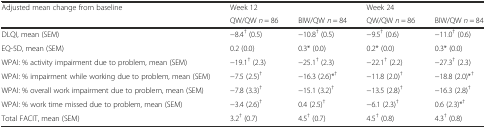
| <ROWSPAN=2> Adjusted mean change from baseline | <COLSPAN=2> Week 12 | <COLSPAN=2> Week 24 |
 | QW/QW n = 86 | BIW/QW n = 84 | QW/QW n = 86 | BIW/QW n = 84 |
 | --- | --- | --- | --- | --- |
 | DLQI, mean (SEM) | −8.4† (0.5) | −10.8† (0.5) | −9.5† (0.6) | −11.0† (0.6) |
 | EQ-5D, mean (SEM) | 0.2 (0.0) | 0.3* (0.0) | 0.2* (0.0) | 0.3* (0.0) |
 | WPAI: % activity impairment due to problem, mean (SEM) | −19.1† (2.3) | −25.1† (2.3) | −22.1† (2.2) | −27.3† (2.3) |
 | WPAI: % impairment while working due to problem, mean (SEM) | −7.5 (2.5)† | −16.3 (2.6)*† | −11.8 (2.0)† | −18.8 (2.0)*† |
 | WPAI: % overall work impairment due to problem, mean (SEM) | −7.8 (3.3)† | −15.1 (3.2)† | −13.5 (2.8)† | −16.3 (2.8)† |
 | WPAI: % work time missed due to problem, mean (SEM) | −3.4 (2.6)† | 0.4 (2.5)† | −6.1 (2.3)† | 0.6 (2.3)*† |
 | Total FACIT, mean (SEM) | 3.2† (0.7) | 4.5† (0.7) | 4.5† (0.8) | 4.3† (0.8) |